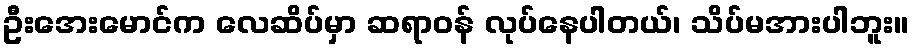
ဦးအေးမောင်က လေဆိပ်မှာ ဆရာဝန် လုပ်နေပါတယ်၊ သိပ်မအားပါဘူး။